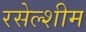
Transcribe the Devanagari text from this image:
रसेल्शीम